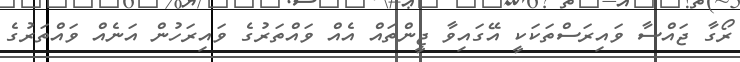
ރޯގާ ޖައްސާ ވައިރަސްތަކަކީ އޭގައިވާ ޖީންތައް އެއް ވައްތަރުގެ ވައިރަހުން އަނެއް ވައްތަރުގެ